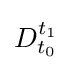
D_{t_{0}}^{t_{1}}